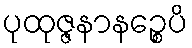
ပုထုဇ္ဇနာနဉ္စေပိ